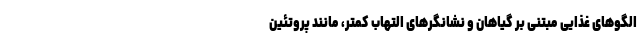
الگوهای غذایی مبتنی بر گیاهان و نشانگرهای التهاب کمتر، مانند پروتئین